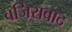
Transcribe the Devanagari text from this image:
वजिराबाद